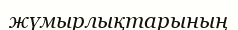
жүмырлықтарының